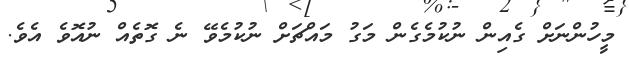
މީހުންނަށް ގެއިން ނުކުމެގެން މަގު މައްޗަށް ނުކުމެވޭ ނެ ގޮތެއް ނުއޮވެ އެވެ.